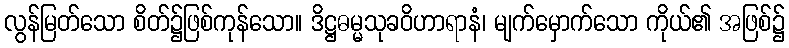
လွန်မြတ်သော စိတ်၌ဖြစ်ကုန်သော။ ဒိဋ္ဌဓမ္မသုခဝိဟာရာနံ၊ မျက်မှောက်သော ကိုယ်၏ အဖြစ်၌